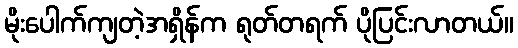
မိုးပေါက်ကျတဲ့အရှိန်က ရုတ်တရက် ပိုပြင်းလာတယ်။